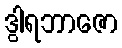
ဒွါရဘာဇော